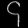
Digit: ၄